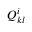
Q _ { k l } ^ { i }